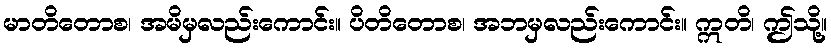
မာတိတောစ၊ အမိမှလည်းကောင်း။ ပိတိတောစ၊ အဘမှလည်းကောင်း။ ဣတိ၊ ဤသို့။